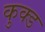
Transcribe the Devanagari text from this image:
कुक्ड